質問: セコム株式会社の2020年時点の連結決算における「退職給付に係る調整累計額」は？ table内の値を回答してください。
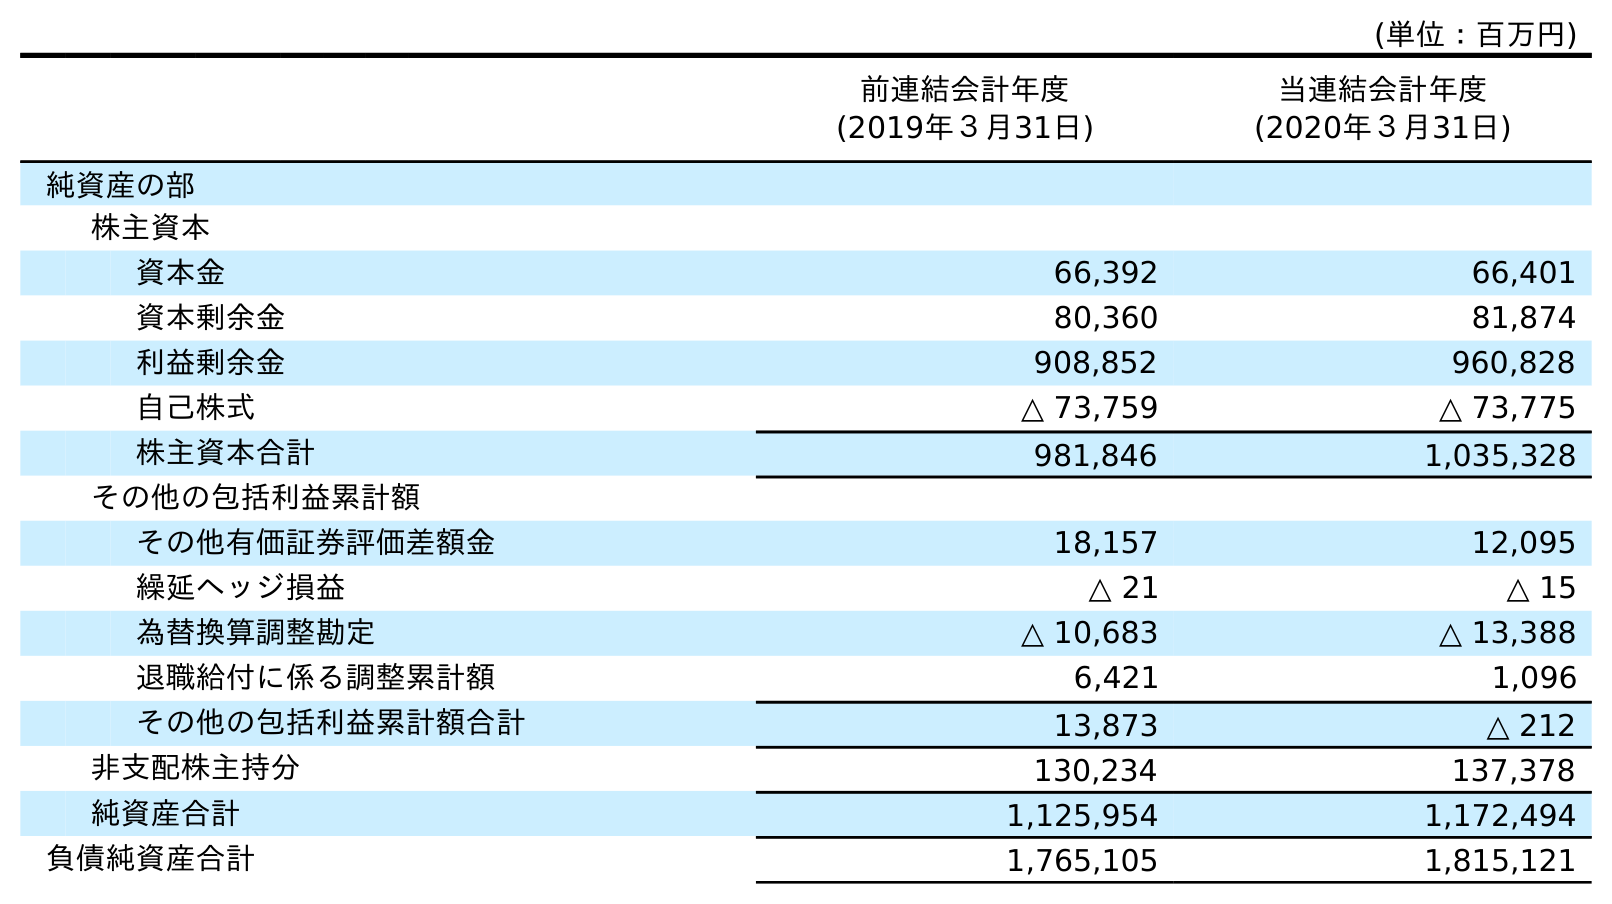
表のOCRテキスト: (単位：百万円) 前連結会計年度 (2019年３月31日) 当連結会計年度 (2020年３月31日) 純資産の部 株主資本 資本金 66,392 66,401 資本剰余金 80,360 81,874 利益剰余金 908,852 960,828 自己株式 △ 73,759 △ 73,775 株主資本合計 981,846 1,035,328 その他の包括利益累計額 その他有価証券評価差額金 18,157 12,095 繰延ヘッジ損益 △ 21 △ 15 為替換算調整勘定 △ 10,683 △ 13,388 退職給付に係る調整累計額 6,421 1,096 その他の包括利益累計額合計 13,873 △ 212 非支配株主持分 130,234 137,378 純資産合計 1,125,954 1,172,494 負債純資産合計 1,765,105 1,815,121
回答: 1,096